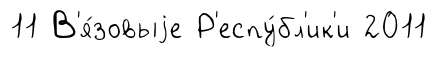
11 В'я́зовыjе Р'еспу́бл'ик'и 2011